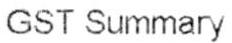
GST SUMMARY